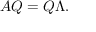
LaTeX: A Q = Q \Lambda .